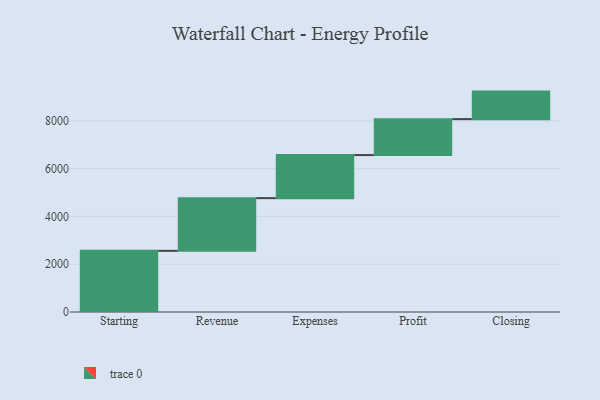
{"axis": {"x": "Step", "y": "Value"}, "legend": [""], "data": [{"x": "Starting", "y": 2559.0, "type": ""}, {"x": "Revenue", "y": 2206.0, "type": ""}, {"x": "Expenses", "y": 1802.0, "type": ""}, {"x": "Profit", "y": 1504.0, "type": ""}, {"x": "Closing", "y": 1152.0, "type": ""}]}